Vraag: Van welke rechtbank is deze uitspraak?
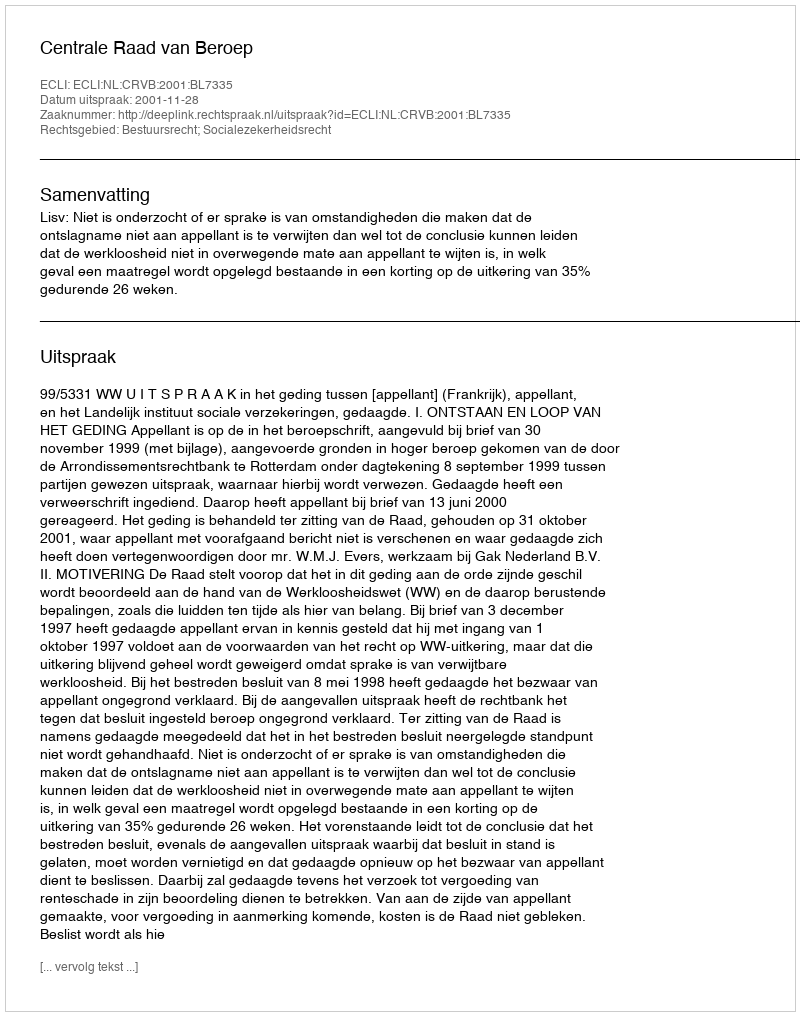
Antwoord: Centrale Raad van Beroep